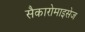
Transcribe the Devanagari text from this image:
सैकारोमाइसेज